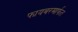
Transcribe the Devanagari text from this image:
फायबरमार्फत